65_HS1-834228961_62-HQ-83894_Section_5
Agency: FBI
Page 24
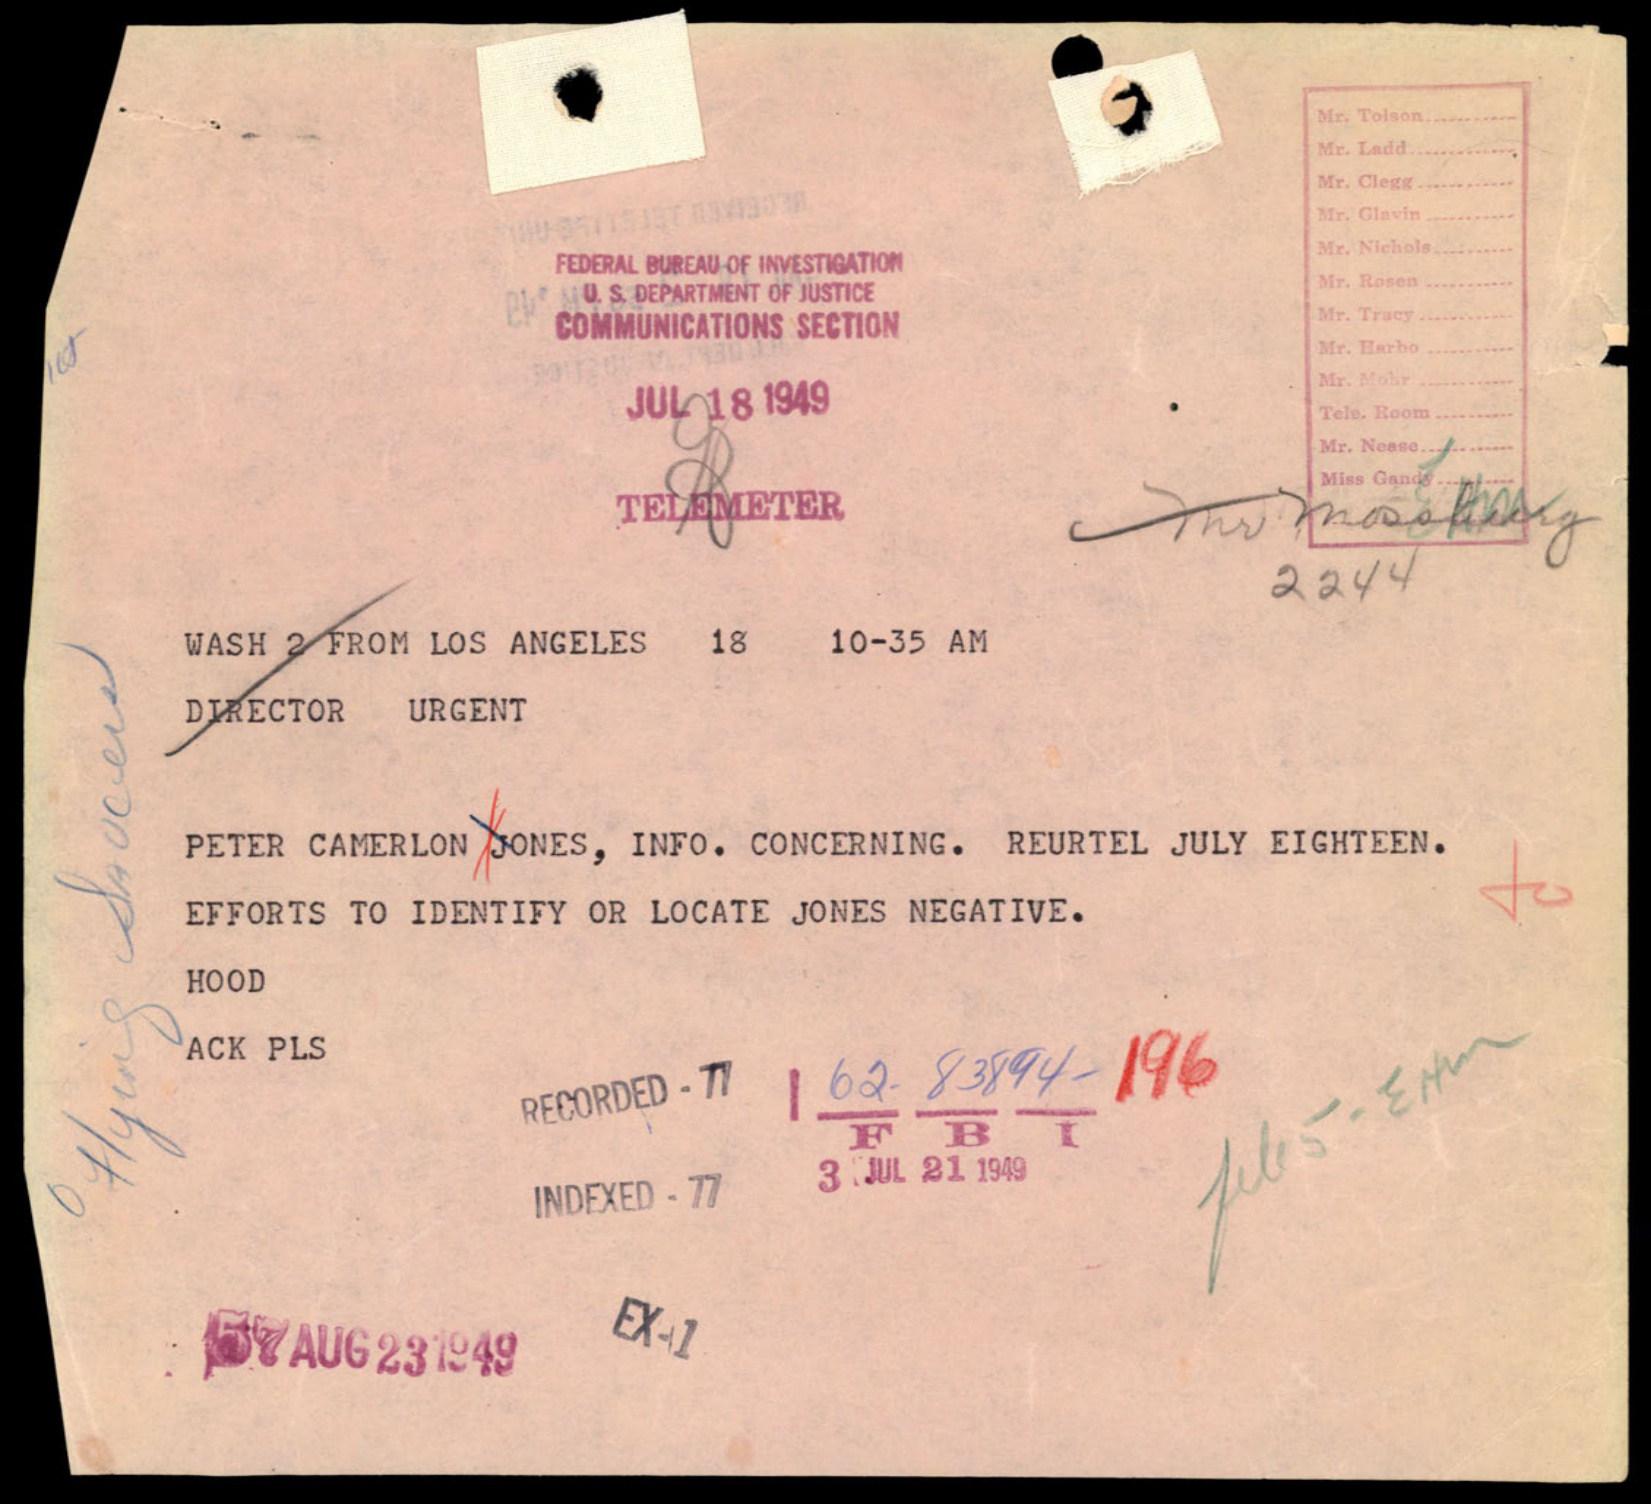